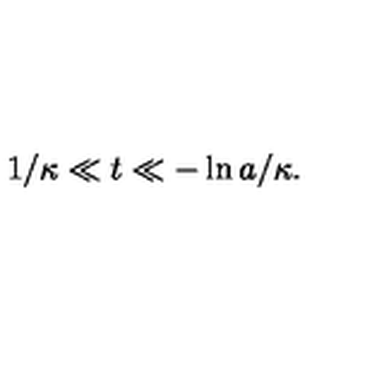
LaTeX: \: 1 / \kappa \ll t \ll - \ln a / \kappa . \: